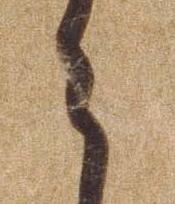
ら